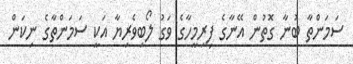
ސަމަންތާ ބުނާ ގޮތުން އޭނާގެ ފިރިމީހާގެ ވަގު ލޯބިވެރިޔާ އަކީ ސަމަންތާގެ ނިކަން